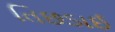
તિછડાઈ